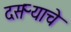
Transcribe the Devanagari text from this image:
दसऱ्याचे